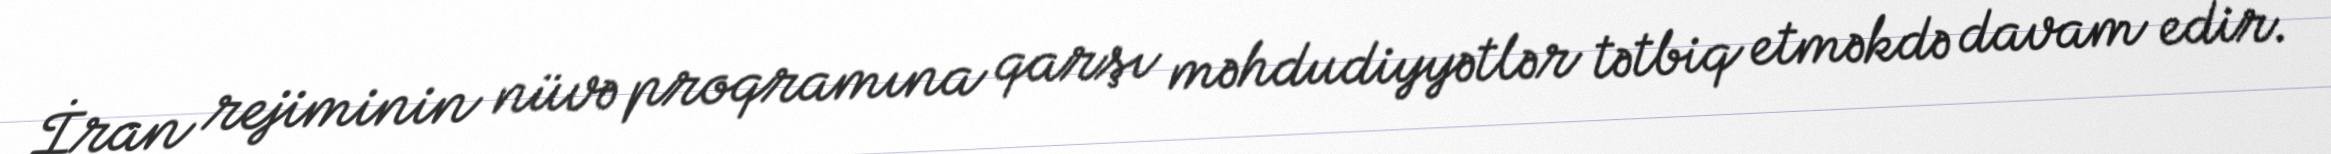
İran rejiminin nüvə proqramına qarşı məhdudiyyətlər tətbiq etməkdə davam edir.